Report on the Civil Veterinary Department, Eastern Bengal and Assam - 1907-1911
Year: 1907
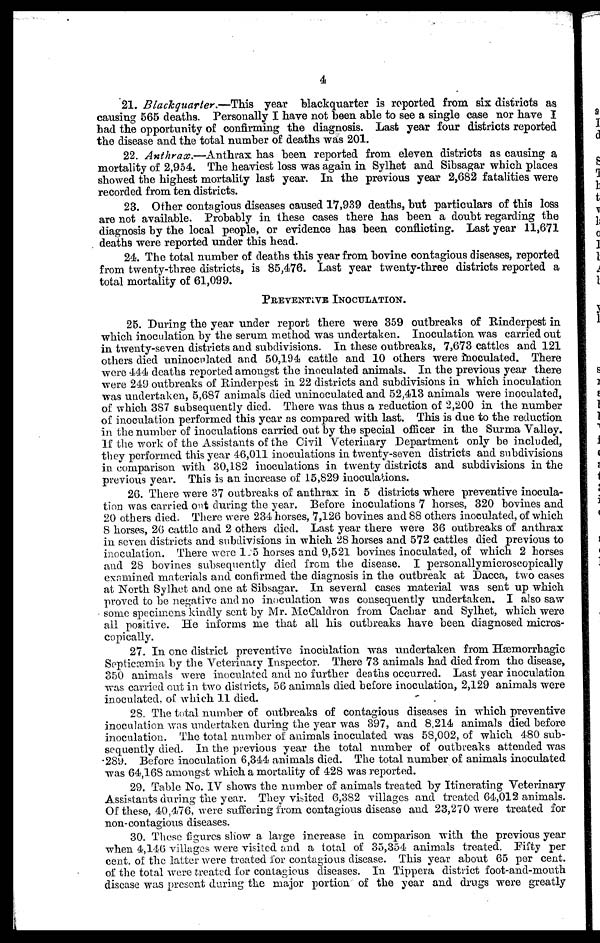
4
21. Blackquarter.—This
year blackquarter is reported from six districts as
causing 565 deaths. Personally I have not been able to see a single case nor have I
had the opportunity of confirming the diagnosis. Last year four districts reported
the disease and the total number of deaths was 201.
22. Anthrax.—Anthrax has been reported from eleven districts as causing a
mortality of 2,954. The heaviest loss was again in Sylhet and Sibsagar which places
showed the highest mortality last year. In the previous year 2,682 fatalities were
recorded from ten districts.
23. Other contagious diseases caused 17,939 deaths, but particulars of this loss
are not available. Probably in these cases there has been a doubt regarding the
diagnosis by the local people, or evidence has been conflicting. Last year 11,671
deaths were reported under this head.
24. The total number of deaths this year from bovine contagious diseases, reported
from twenty-three districts, is 85,476. Last year twenty-three districts reported a
total mortality of 61,099.
PREVENTIVE INOCULATION.
25. During the year under report there were 359 outbreaks of Rinderpest in
which inoculation by the serum method was undertaken. Inoculation was carried out
in twenty-seven districts and subdivisions. In these outbreaks, 7,673 catties and 121
others died uninoculated and 50,194 cattle and 10 others were inoculated. There
were 444 deaths reported amongst the inoculated animals. In the previous year there
were 249 outbreaks of Rinderpest in 22 districts and subdivisions in which inoculation
was undertaken, 5,687 animals died uninoculated and 52,413 animals were inoculated,
of which 387 subsequently died. There was thus a reduction of 2,200 in the number
of inoculation performed this year as compared with last. This is due to the reduction
in the number of inoculations carried out by the special officer in the Surma Valley.
If the work of the Assistants of the Civil Veterinary Department only be included,
they performed this year 46,011 inoculations in twenty-seven districts and subdivisions
in comparison with 30,182 inoculations in twenty districts and subdivisions in the
previous year. This is an increase of 15,829 inoculations.
26. There were 37 outbreaks of anthrax in 5 districts where preventive inocula-
tion was carried out during the year. Before inoculations 7 horses, 320 bovines and
20 others died. There were 234 horses, 7,126 bovines and 88 others inoculated, of which
8 horses, 26 cattle and 2 others died. Last year there were 36 outbreaks of anthrax
in seven districts and subdivisions in which 28 horses and 572 catties died previous to
inoculation. There were 105 horses and 9,521 bovines inoculated, of which 2 horses
and 28 bovines subsequently died from the disease. I personallymicroscopically
examined materials and confirmed the diagnosis in the outbreak at Dacca, two cases
at North Sylhet and one at Sibsagar. In several cases material was sent up which
proved to be negative and no inoculation was consequently undertaken. I also saw
some specimens kindly sent by Mr. McCaldron from Cachar and Sylhet, which were
all positive. He informs me that all his outbreaks have been diagnosed micros-
copically.
27. In one district preventive inoculation was undertaken from Hæmorrhagic
Spticæmia by the Veterinary Inspector. There 73 animals had died from the disease,
350 animals were inoculated and no further deaths occurred. Last year inoculation
was carried out in two districts, 56 animals died before inoculation, 2,129 animals were
inoculated, of which 11 died.
28. The total number of outbreaks of contagious diseases in which preventive
inoculation was undertaken during the year was 397, and 8,214 animals died before
inoculation. The total number of animals inoculated was 58,002, of which 480 sub-
sequently died. In the previous year the total number of outbreaks attended was
289. Before inoculation 6,344 animals died. The total number of animals inoculated
was 64,168 amongst which a mortality of 428 was reported.
29. Table No. IV shows the number of animals treated by Itinerating Veterinary
Assistants during the year. They visited 6,382 villages and treated 64,012 animals.
Of these, 40,476, were suffering from contagious disease and 23,270 were treated for
non-contagious diseases.
30. These figures show a large increase in comparison with the previous year
when 4,146 villages were visited and a total of 35,354 animals treated. Fifty per
cent. of the latter were treated for contagious disease. This year about 65 per cent,
of the total were treated for contagious diseases. In Tippera district foot-and-mouth
disease was present during the major portion of the year and drugs were greatly